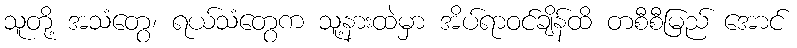
သူတို့ အသံတွေ၊ ရယ်သံတွေက သူ့နားထဲမှာ အိပ်ရာဝင်ချိန်ထိ တစီစီမြည် အောင်